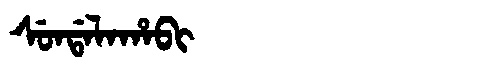
Manchu: ᠰᡠᠨᡩᠠᠯᠠᡥᠠᠪᡳ
Romanization: SUNDALAHABI